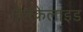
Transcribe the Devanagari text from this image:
ऐलकेलाइड